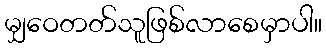
မျှဝေတတ်သူဖြစ်လာစေမှာပါ။